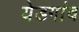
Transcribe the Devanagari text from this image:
येडगांव